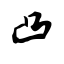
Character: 凸